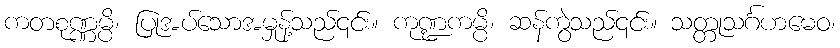
ကတစုဏ္ဏမ္ပိ၊ ပြုအပ်သောအမှုန့်သည်၎င်း။ ကုဏ္ဍကမ္ပိ၊ ဆန်ကွဲသည်၎င်း။ သတ္တုသင်္ဂဟမေဝ၊